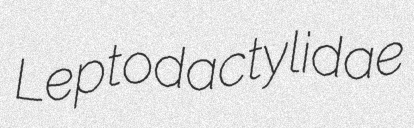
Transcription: Leptodactylidae